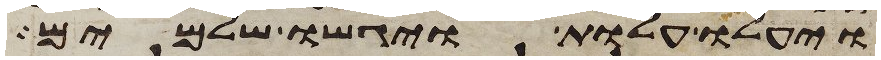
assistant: ויעלו עלות ויגישו שלמים